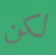
لكن